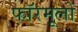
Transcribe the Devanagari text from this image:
फॉरमूलों